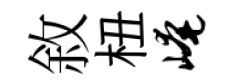
敘杻崦